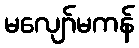
မလျော်မကန်